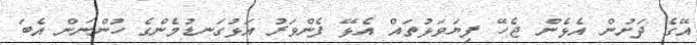
އޭގެ ދަށުން އެޅެން ޖެހޭ ފިޔަވަޅުތައް އެޅޭ ފެންވަރު އަޅުގަނޑުމެންގެ ހުންނަން އެބަ